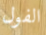
الفول